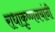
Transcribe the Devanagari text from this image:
राधाकृष्णनयांनी